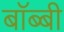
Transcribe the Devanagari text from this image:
बॉब्बी